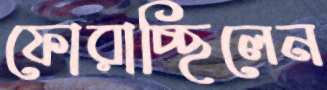
ফোরাচ্ছিলেন